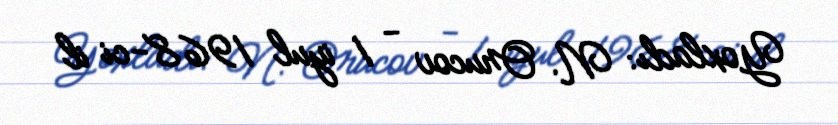
Yoxladı: N. Orucov - 1 iyul 1968-ci il